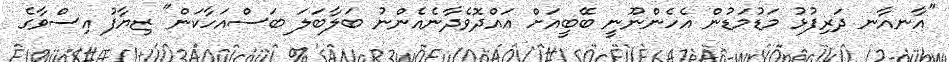
"އާނއާނ ދަރިފުޅު މަޑުމަޑުން އެހެންނޫނީ ބޭބީއަށް އައްދޮވެދާނެއެންނު ބަލާބަލަ ބަސްއަހާކަން" ޒިޔާފު އިސްވާގެ